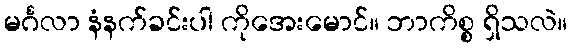
မင်္ဂလာ နံနက်ခင်းပါ ကိုအေးမောင်။ ဘာကိစ္စ ရှိသလဲ။